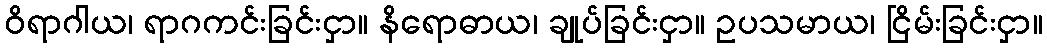
ဝိရာဂါယ၊ ရာဂကင်းခြင်းငှာ။ နိရောဓာယ၊ ချုပ်ခြင်းငှာ။ ဥပသမာယ၊ ငြိမ်းခြင်းငှာ။